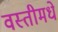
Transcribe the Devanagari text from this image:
वस्तीमधे